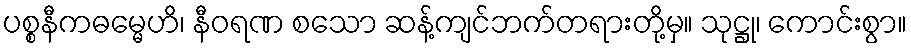
ပစ္စနီကဓမ္မေဟိ၊ နီဝရဏ စသော ဆန့်ကျင်ဘက်တရားတို့မှ။ သုဋ္ဌု၊ ကောင်းစွာ။